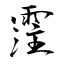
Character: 霔